Annual report on the working of the mental hospitals in the Madras Presidency - 1912-1932
Year: 1912
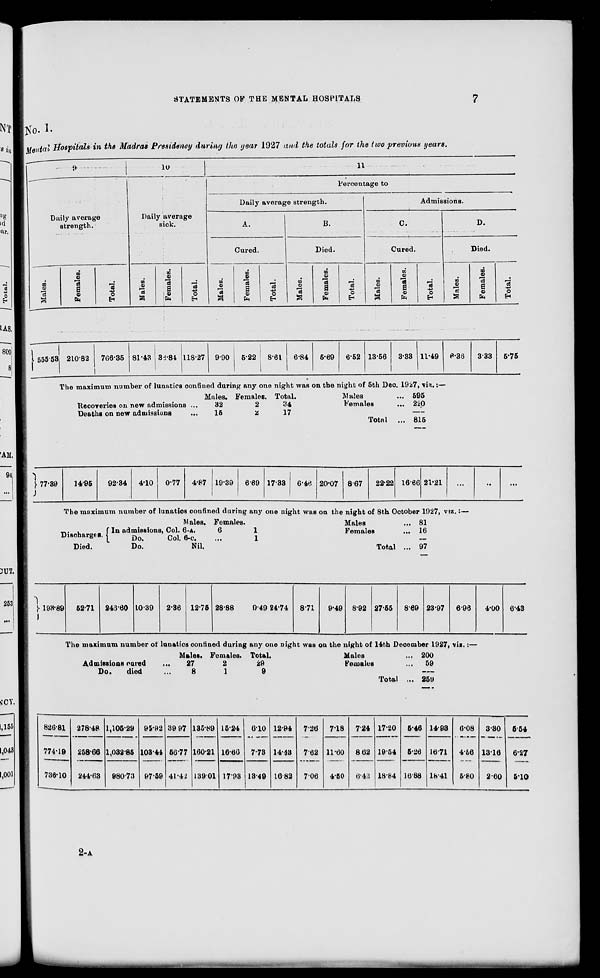
STATEMENTS OF THE MENTAL HOSPITALS
7
No. I.
Mental Hospitals in the Madras Presidency during the year 1927 and the totals for the two previous years.
9
Daily average
strength.
Males.
Females.
Total.
10
Daily average
sick.
Males.
Females.
Total.
11
Percentage to
Daily average strength.
A.
Cured.
Males.
Females.
Total.
B.
Died.
Males.
Females.
Total.
Admissions.
C.
Cured.
Males.
Females.
Total.
D.
Died.
Males.
Females.
Total.
555.53 210.82 766.35 81.43 36.84 118.27 9.90 5.22 8.61 6.84 5.69 6.52 13.56 3.33 11.49 6.36
3.33 5.75
The maximum number of lunatics confined during any one night was on the night of 5th Dec. 1927, viz.:—
Recoveries on new admissions ...
Deaths on new admissions ...
Males.
32
15
Females.
2
2
Total.
34
17
Males ...
Females
...
Total ...
595
220
815
77.39
14.95
92.34
4.10
0.77
4.87 19.39 6.69 17.33 6.46 20.07 8.67
22.22 16.66 21.21
...
...
...
The maximum number of lunatics confined during any one night was on the night of 8th October 1927, viz.:—
Discharges.
Died.
In admissions, Col.
Do.
Col.
Do.
Males.
6-A.
6-C.
Nil.
Females.
6
...
1
1
Males
Females
Total
... 81
... 16
... 97
193.89
52.71 246.60 10.39
2.36 12.75 28.88
9.49 24.74
8.71
9.49 8.92 27.55 8.69 23.97
6.96
4.00 6.43
The maximum number of lunatics confined during any one night was on the night of 14th December 1927, viz.:—
Admissions cured ...
Do.
died
Males.
27
8
Females.
2
1
Total.
29
9
Males ...
Females ...
Total ...
200
59
259
826.81
774.19
736.10
278.48
258.66
244.63
1,105.29
1,032.85
980.73
95.92
103.44
97.59
39.97
56.77
41.42
135.89
160.21
139.01
15.24
16.60
17.93
6.10
7.73
13.40
12.94
14.43
16.82
7.26
7.62
7.06
7.18
11.60
4.50
7.24
8.62
6.42
17.20
19.54
18.84
5.46
5.26
16.88
14.93
16.71
18.41
6.08
4.56
5.80
3.30
13.16
2.60
5.54
6.27
5.10
2-A